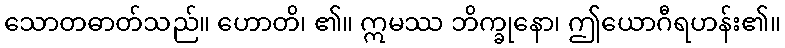
သောတဓာတ်သည်။ ဟောတိ၊ ၏။ ဣမဿ ဘိက္ခုနော၊ ဤယောဂီရဟန်း၏။